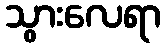
သွားလေရာ